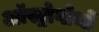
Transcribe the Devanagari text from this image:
ऑस्ट्रोगोथों